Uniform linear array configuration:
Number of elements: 16
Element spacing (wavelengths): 0.5
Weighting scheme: hamming
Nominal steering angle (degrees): -60
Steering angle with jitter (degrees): -61.542
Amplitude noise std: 0.05
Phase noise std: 0.05

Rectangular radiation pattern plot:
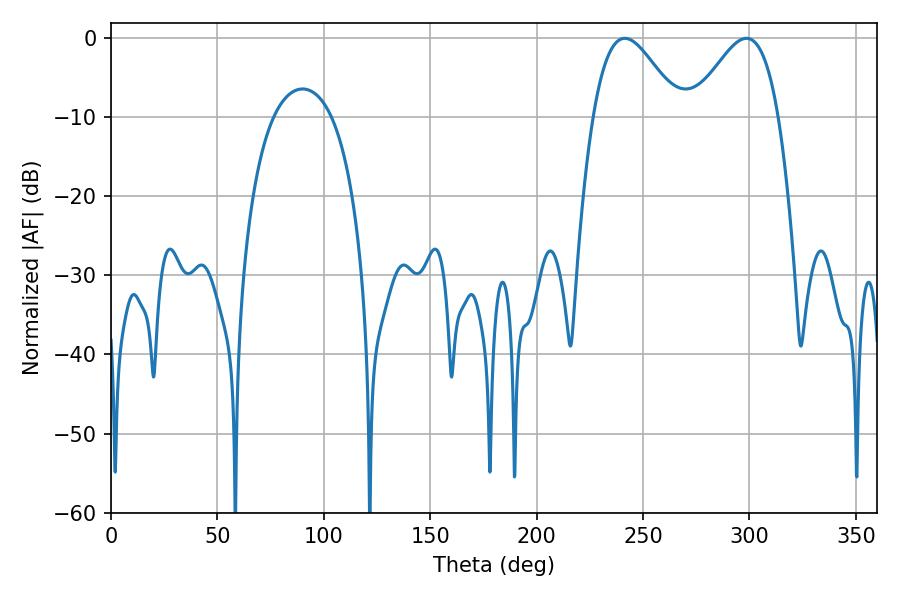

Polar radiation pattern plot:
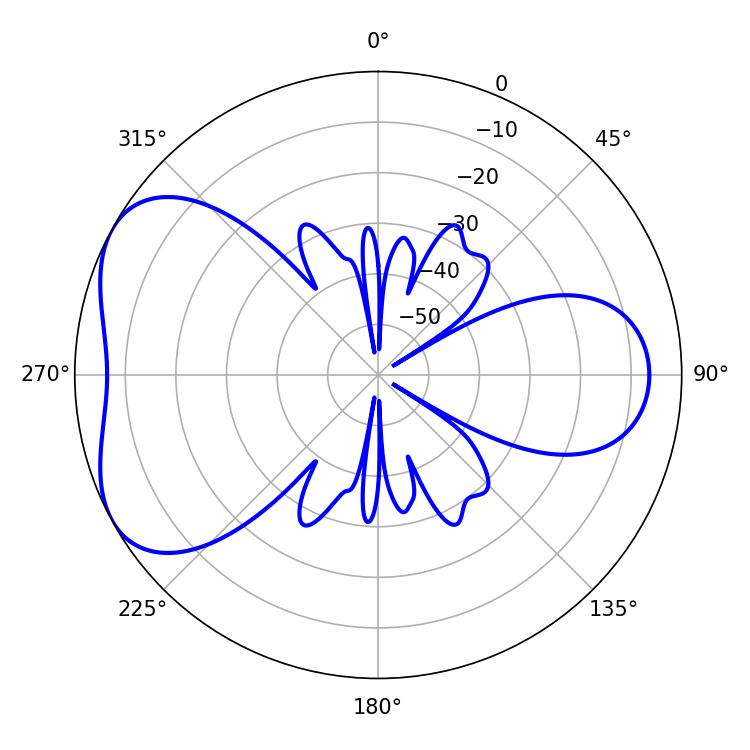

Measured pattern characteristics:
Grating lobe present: FALSE
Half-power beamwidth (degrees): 21.6
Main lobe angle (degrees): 241.38